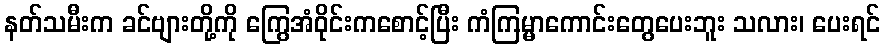
နတ်သမီးက ခင်ဗျားတို့ကို ကြွေအံဝိုင်းကစောင့်ပြီး ကံကြမ္မာကောင်းတွေပေးဘူး သလား၊ ပေးရင်